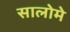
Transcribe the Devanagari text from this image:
सालोमे